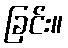
ခြင်း။